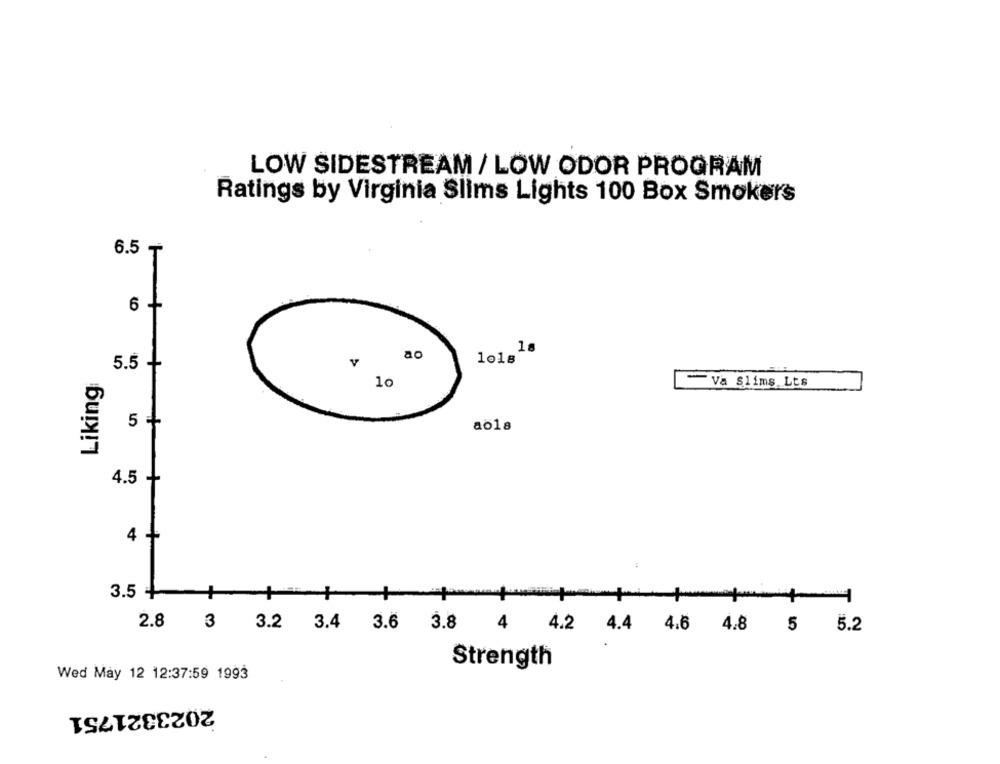
LOW SIDESTREAM / LOW ODOR PROGRAM
Ratings by Virginia Slims Lights 100 Box Smokers
6.5₸
6 +
18
ao
+
1018
5.5
Liking
10
Va Slims Lts
5 -
ao18
4.5
4 +
3.5 -
+
2.8
3
3.2 3.4 3.6 3.8
4 4.2 4.4 4.6 4.8 5 5.2
Strength
Wed May 12 12:37:59 1993
2023321751